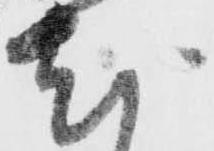
尤